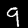
Digit: 9